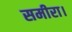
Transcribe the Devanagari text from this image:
समीरा।